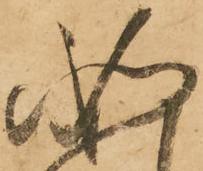
如